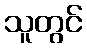
သူတွင်